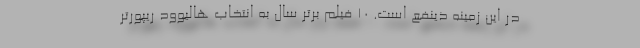
در این زمینه ذینفع است. ۱۰ فیلم برتر سال به انتخاب هالیوود ریپورتر